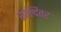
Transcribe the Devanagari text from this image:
साल्दिवर